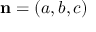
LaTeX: \mathbf { n } = ( a , b , c )